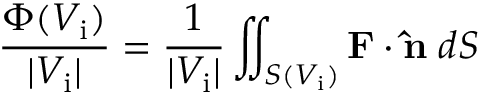
{ \frac { \Phi ( V _ { \mathrm { i } } ) } { | V _ { \mathrm { i } } | } } = { \frac { 1 } { | V _ { \mathrm { i } } | } } \iint _ { S ( V _ { \mathrm { i } } ) } \mathbf { F } \cdot \mathbf { \hat { n } } \; d S